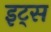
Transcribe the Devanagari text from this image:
इट्‍स